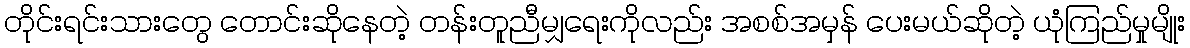
တိုင်းရင်းသားတွေ တောင်းဆိုနေတဲ့ တန်းတူညီမျှရေးကိုလည်း အစစ်အမှန် ပေးမယ်ဆိုတဲ့ ယုံကြည်မှုမျိုး